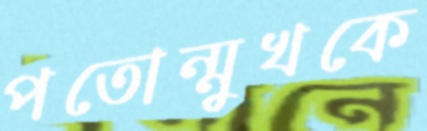
পতোন্মুখকে